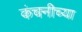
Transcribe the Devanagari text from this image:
कंचनीच्या